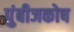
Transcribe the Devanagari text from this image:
पुंबीजकोष